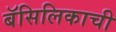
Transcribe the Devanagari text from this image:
बॅसिलिकाची